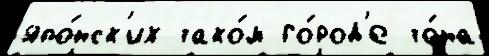
япо́нск'их тако́м го́род'е то́на